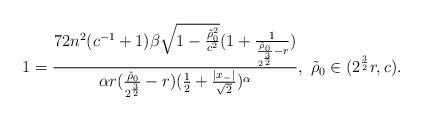
LaTeX: \begin{align*}1={72n^2(c^{-1}+1)\beta\sqrt{1-{\tilde\rho_0^2\over c^2}}(1+{1\over {\tilde\rho_0\over 2^{3\over 2}}-r})\over \alpha r({\tilde\rho_0\over 2^{3\over 2}}-r)({1\over 2}+{|x_-|\over\sqrt{2}})^\alpha},\ \tilde \rho_0\in(2^{3\over 2}r,c).\end{align*}